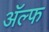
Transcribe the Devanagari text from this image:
अॅल्फ